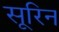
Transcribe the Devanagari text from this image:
सूरिन